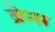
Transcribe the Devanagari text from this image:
ब्रेन्स